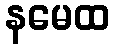
နမေထ